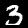
Label: 3